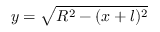
y = \sqrt { R ^ { 2 } - ( x + l ) ^ { 2 } }